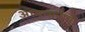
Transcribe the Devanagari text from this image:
अध्यासनाची